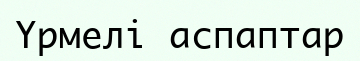
Үрмелі аспаптар